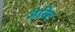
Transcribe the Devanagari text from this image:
जेरिट